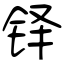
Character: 铎